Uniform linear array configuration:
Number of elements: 16
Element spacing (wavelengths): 0.5
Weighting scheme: blackman
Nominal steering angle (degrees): -30
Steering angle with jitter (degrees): -30.326
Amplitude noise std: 0.05
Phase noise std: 0.05

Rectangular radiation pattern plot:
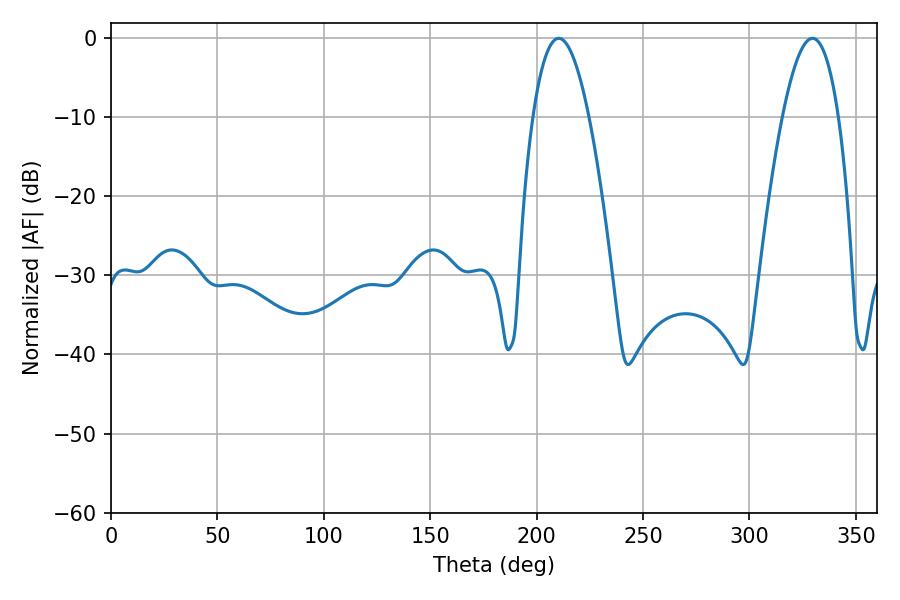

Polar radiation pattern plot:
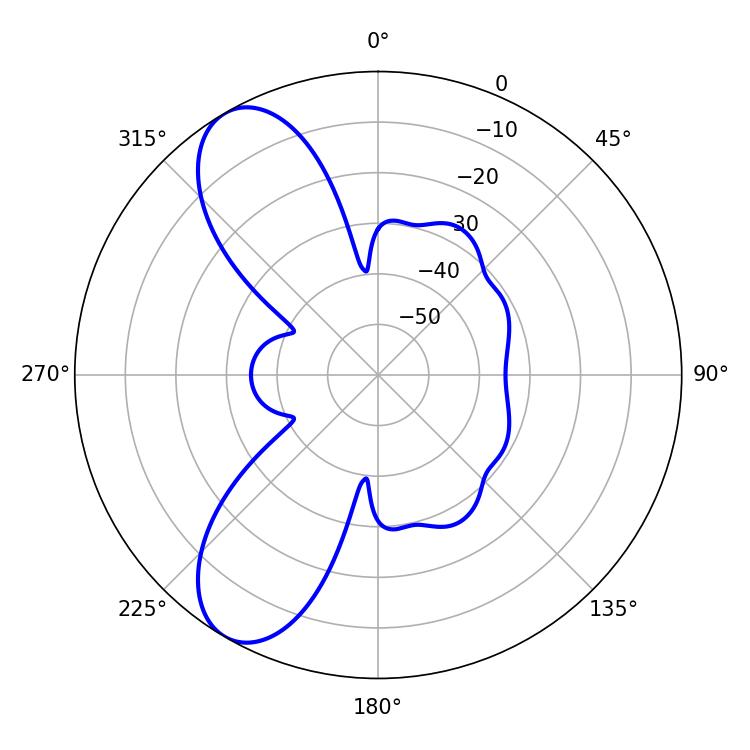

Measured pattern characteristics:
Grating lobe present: FALSE
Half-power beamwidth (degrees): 14.58
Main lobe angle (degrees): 210.42